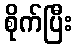
စိုက်ပြီး